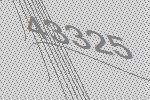
43325